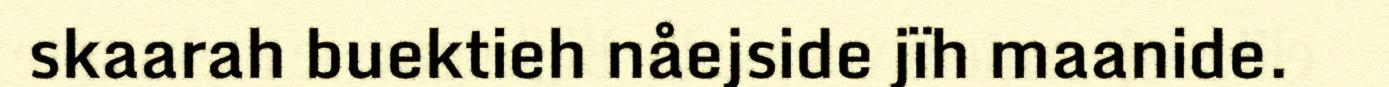
skaarah buektieh nåejside jïh maanide.